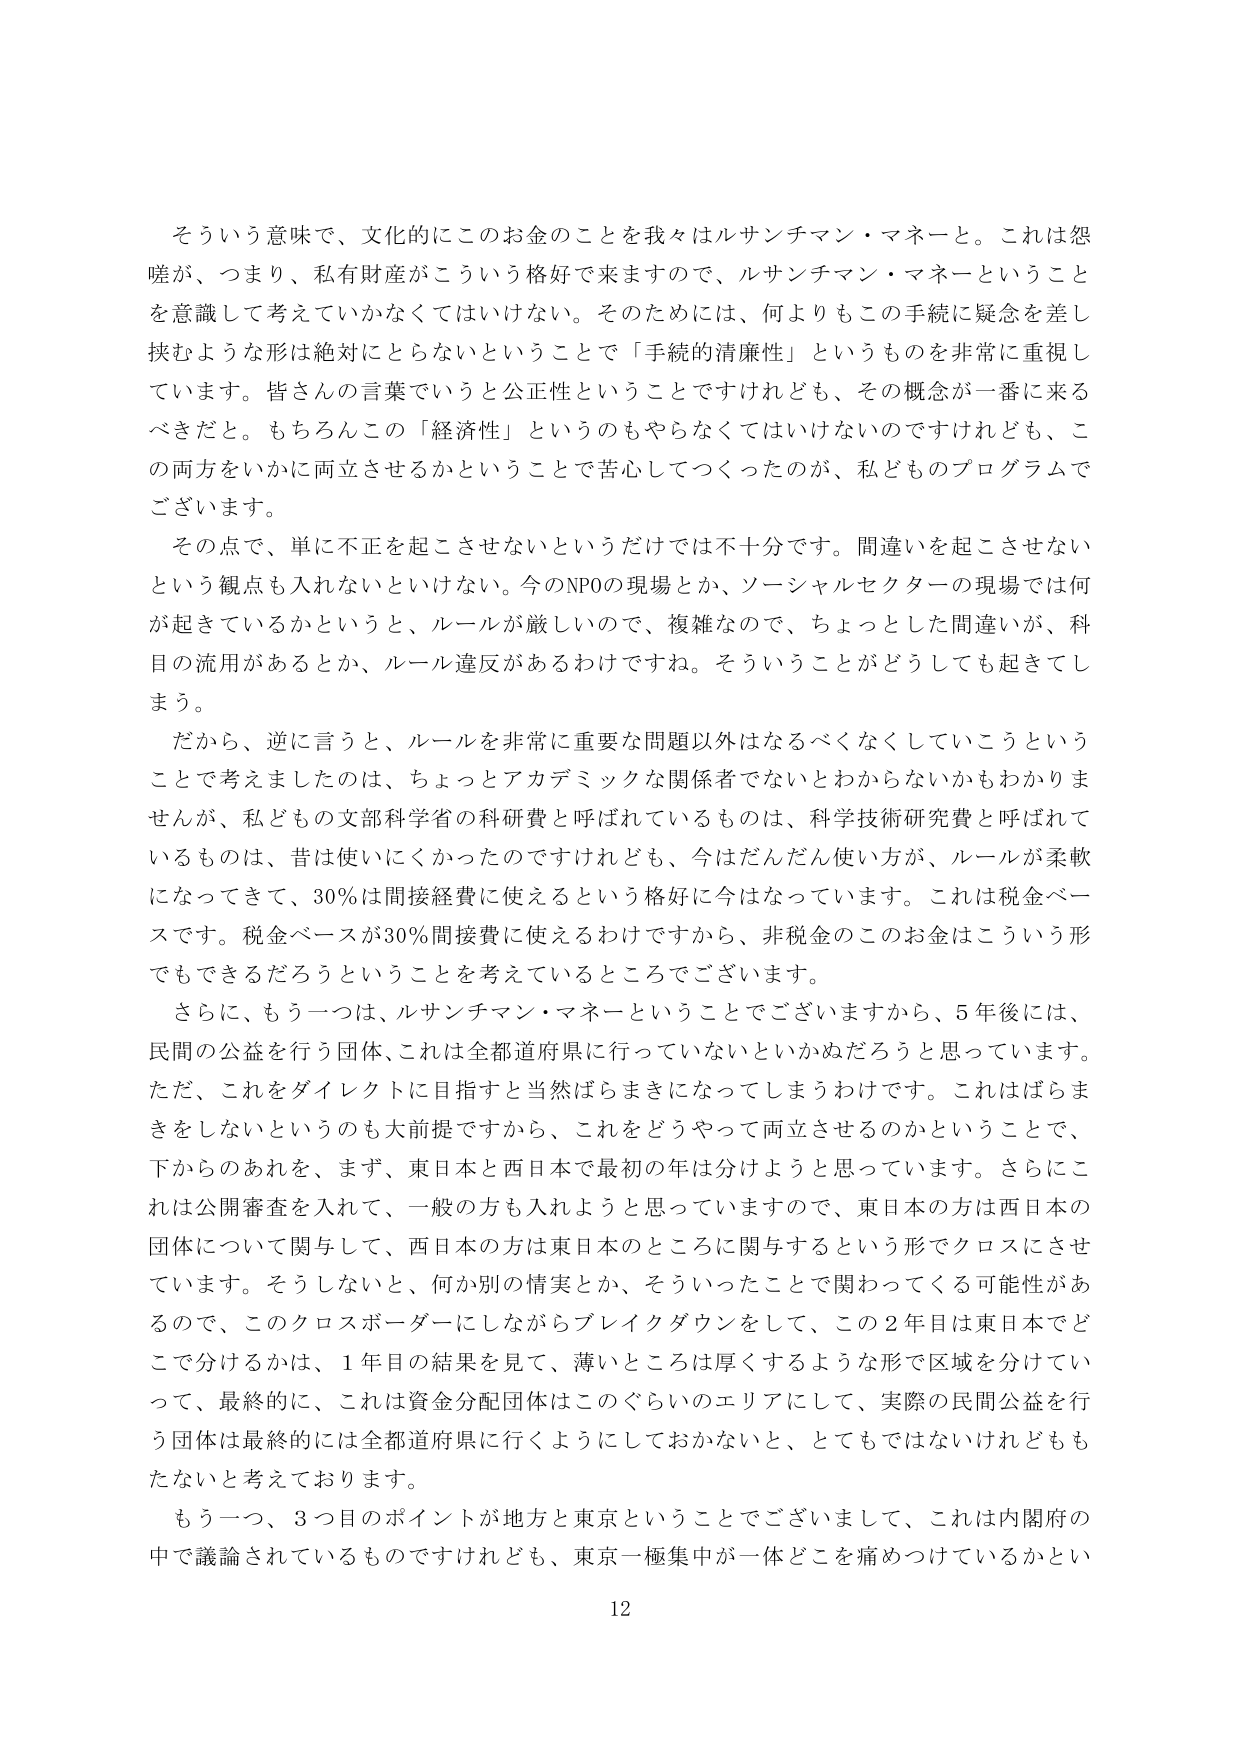
そういう意味で、文化的にこのお金のことを我々はルサンチマン・マネーと。これは怨嗟が、つまり、私有財産がこういう格好で来ますので、ルサンチマン・マネーということを意識して考えていかなくてはいけない。そのためには、何よりもこの手続に疑念を差し挟むような形は絶対にとらないということで「手続の清廉性」というものを非常に重視しています。皆さんの言葉でいうと公正性ということですけれども、その概念が一番に来るべきだと。もちろんこの「経済性」というのもやらなくてはいけないのですけれども、この両方をいかに両立させるかということで苦心してつくったのが、私どものプログラムでございます。

その点で、単に不正を起こさせないというだけでは不十分です。間違いを起こさせないという観点も入れないといけない。今のNPOの現場とか、ソーシャルセクターの現場では何が起きているかというと、ルールが厳しいので、複雑なので、ちょっとした間違いが、科目の流用があるとか、ルール違反があるわけです。そういうことがどうしても起きてしまう。

だから、逆に言うと、ルールを非常に重要な問題以外はなるべくなくしていこうということで考えましたのは、ちょっとアカデミックな関係者でないとわからないかもわかりませんが、私どもの文部科学省の科研費と呼ばれているものは、科学技術研究費と呼ばれているものは、昔は使いにくかったのですけれども、今はだんだん使い方が、ルールが柔軟になってきて、30％は間接経費に使えるという格好に今はなっています。これは税金ベースです。税金ベースが30％間接費に使えるわけですから、非税金のこのお金はこういう形でもできるだろうということを考えているところでございます。

さらに、もう一つは、ルサンチマン・マネーということでございますから、5年後には、民間の公益を行う団体、これは全都道府県に行っていないといかぬだろうと思っています。ただ、これをダイレクトに目指すと当然ばらまきになってしまうわけです。これはばらまきをしないというのも大前提ですから、これをどうやって両立させるのかということで、下からのあれを、まず、東日本と西日本で最初の年は分けようと思っています。さらにこれは公開審査を入れて、一般の方も入れようと思っていますので、東日本の方は西日本の団体について関与して、西日本の方は東日本とのところに関与するという形でクロスにさせています。そうしないと、何か別の情実とか、そういったことで関わってくる可能性があるので、このクロスボーダーにしながらブレイクダウンをして、この2年目は東日本でどこで分けるかは、1年目の結果を見て、薄いところは厚くするような形で区域を分けていって、最終的に、これは資金分配団体はこのぐらいのエリアにして、実際の民間公益を行う団体は最終的には全都道府県に行くようにしておかない、とてもではないけれどももたないと考えております。

もう一つ、3つ目のポイントが地方と東京ということでございまして、これは内閣府の中で議論されているものですけれども、東京一極集中が一体どこを痛めつけているかとい

12